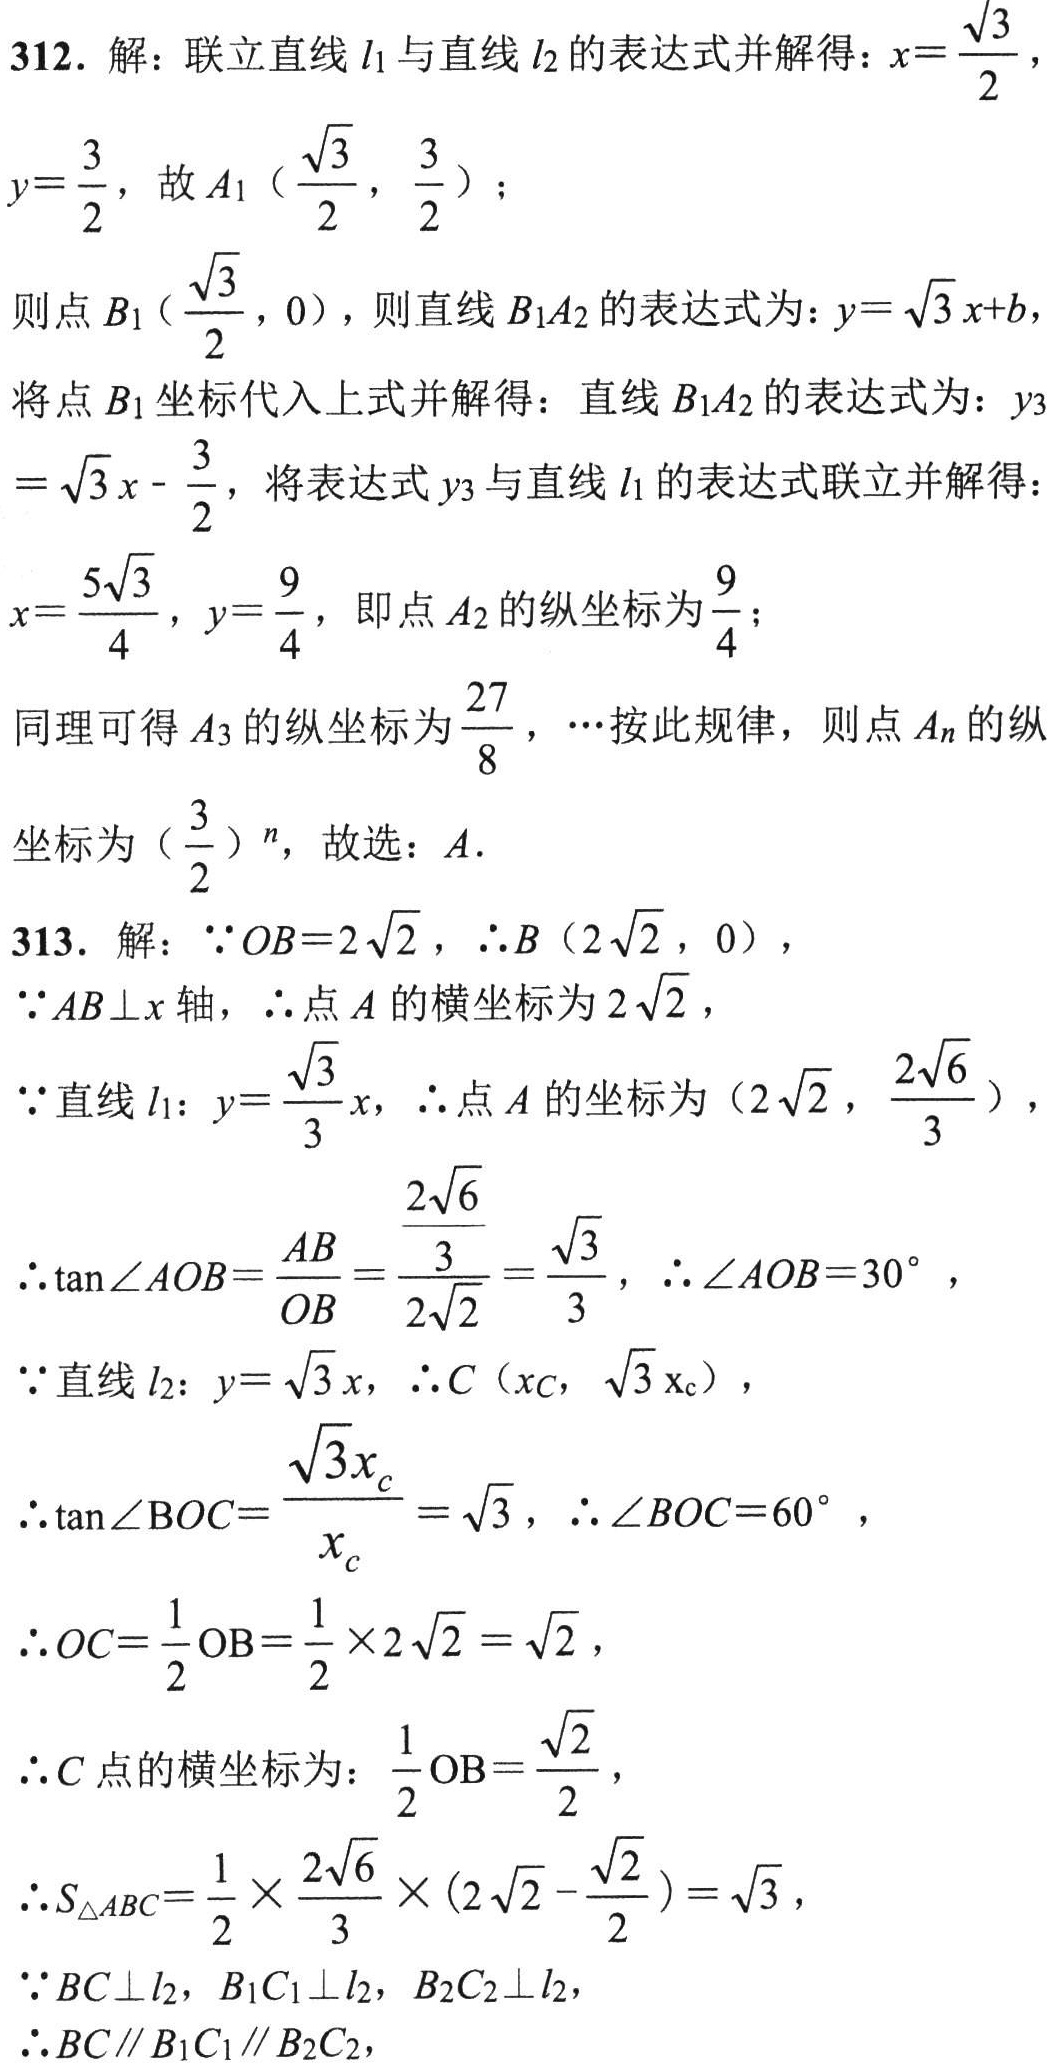
312. 解：联立直线\(l_1\)与直线\(l_2\)的表达式并解得：\(x = \dfrac{\sqrt{3}}{2}\)，
\(y=\dfrac{3}{2}\)，故\(A_1\left(\dfrac{\sqrt{3}}{2},\dfrac{3}{2}\right)\)；
则点\(B_1\left(\dfrac{\sqrt{3}}{2},0\right)\)，则直线\(B_1A_2\)的表达式为：\(y = \sqrt{3}x + b\)，
将点\(B_1\)坐标代入上式并解得：直线\(B_1A_2\)的表达式为：\(y_3=\sqrt{3}x-\dfrac{3}{2}\)，将表达式\(y_3\)与直线\(l_1\)的表达式联立并解得：
\(x = \dfrac{5\sqrt{3}}{4}\)，\(y=\dfrac{9}{4}\)，即点\(A_2\)的纵坐标为\(\dfrac{9}{4}\)；
同理可得\(A_3\)的纵坐标为\(\dfrac{27}{8}\)，\(\cdots\)按此规律，则点\(A_n\)的纵
坐标为\(\left(\dfrac{3}{2}\right)^n\)，故选：\(A\).
313. 解：\(\because OB = 2\sqrt{2}\)，\(\therefore B(2\sqrt{2},0)\)，
\(\because AB\perp x\)轴，\(\therefore\)点\(A\)的横坐标为\(2\sqrt{2}\)，
\(\because\)直线\(l_1\)：\(y = \dfrac{\sqrt{3}}{3}x\)，\(\therefore\)点\(A\)的坐标为\(\left(2\sqrt{2},\dfrac{2\sqrt{6}}{3}\right)\)，
\(\therefore\tan\angle AOB=\dfrac{AB}{OB}=\dfrac{\dfrac{2\sqrt{6}}{3}}{2\sqrt{2}}=\dfrac{\sqrt{3}}{3}\)，\(\therefore\angle AOB = 30^{\circ}\)，
\(\because\)直线\(l_2\)：\(y = \sqrt{3}x\)，\(\therefore C(x_C,\sqrt{3}x_C)\)，
\(\therefore\tan\angle BOC=\dfrac{\sqrt{3}x_{c}}{x_{c}}=\sqrt{3}\)，\(\therefore\angle BOC = 60^{\circ}\)，
\(\therefore OC=\dfrac{1}{2}OB=\dfrac{1}{2}\times2\sqrt{2}=\sqrt{2}\)，
\(\therefore C\)点的横坐标为：\(\dfrac{1}{2}OB=\dfrac{\sqrt{2}}{2}\)，
\(\therefore S_{\triangle ABC}=\dfrac{1}{2}\times\dfrac{2\sqrt{6}}{3}\times\left(2\sqrt{2}-\dfrac{\sqrt{2}}{2}\right)=\sqrt{3}\)，
\(\because BC\perp l_2\)，\(B_1C_1\perp l_2\)，\(B_2C_2\perp l_2\)，
\(\therefore BC\parallel B_1C_1\parallel B_2C_2\)，